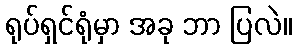
ရုပ်ရှင်ရုံမှာ အခု ဘာ ပြလဲ။